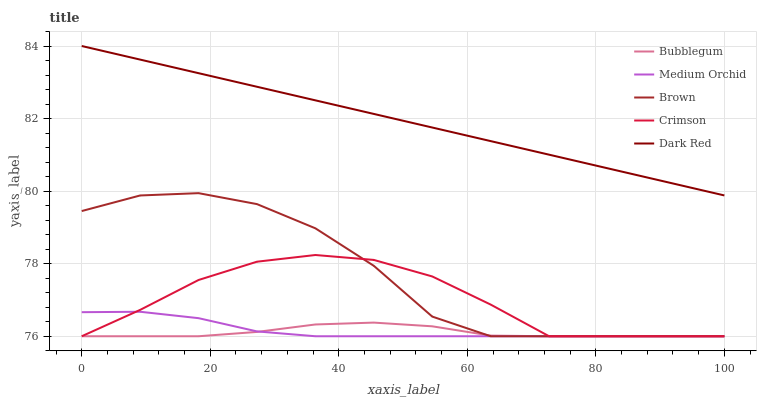
| xaxis_label | Bubblegum | Medium Orchid | Brown | Crimson | Dark Red |
 | --- | --- | --- | --- | --- | --- |
 | 0 | 76 | 76.7 | 79.5 | 76 | 84 |
 | 9.09 | 76 | 76.7 | 79.9 | 76.7 | 83.6 |
 | 18.2 | 76 | 76.5 | 79.9 | 77.6 | 83.3 |
 | 27.3 | 76.1 | 76.1 | 79.6 | 78.1 | 82.9 |
 | 36.4 | 76.3 | 76 | 79 | 78.2 | 82.5 |
 | 45.5 | 76.4 | 76 | 77.9 | 78.1 | 82.1 |
 | 54.5 | 76.3 | 76 | 76.5 | 77.6 | 81.8 |
 | 63.6 | 76 | 76 | 76 | 76.9 | 81.4 |
 | 72.7 | 76 | 76 | 76 | 76 | 81 |
 | 81.8 | 76 | 76 | 76 | 76 | 80.6 |
 | 90.9 | 76 | 76 | 76 | 76 | 80.3 |
 | 100 | 76 | 76 | 76 | 76 | 79.9 |